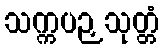
သက္ကပဉှသုတ္တံ